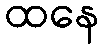
ထနေ